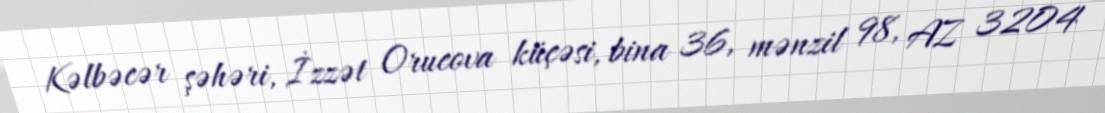
Kəlbəcər şəhəri, İzzət Orucova küçəsi, bina 36, mənzil 98, AZ 3204